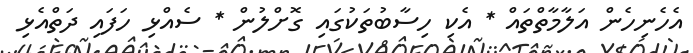
އެހެނިހެން އަލާމާތްތައް * އެކި ހިސާބުތަކުގައި ގޮށްލުން * ސެއްޅި ހަފައި ދަތްއެޅި